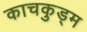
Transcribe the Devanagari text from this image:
काचकुड्म